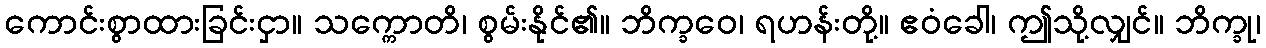
ကောင်းစွာထားခြင်းငှာ။ သက္ကောတိ၊ စွမ်းနိုင်၏။ ဘိက္ခဝေ၊ ရဟန်းတို့။ ဧဝံခေါ၊ ဤသို့လျှင်။ ဘိက္ခု၊